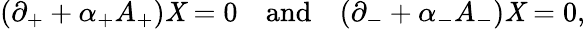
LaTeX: (\partial_{+}+\alpha_{+}A_{+})\mathit{X}=0\quad\mathrm{{and}}\quad(\partial_{-}+\alpha_{-}A_{-})\mathit{X}=0,